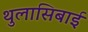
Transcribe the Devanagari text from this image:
थुलासिबाई